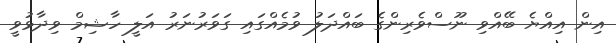
އިން އިއްޔެ ބޭއްވި ނޫސްވެރިންގެ ބައްދަލު ވުމެއްގައި ގަވަރުނަރު އަލީ ހާޝިމް ވިދާޅުވީ